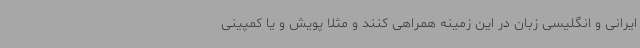
ایرانی و انگلیسی زبان در این زمینه همراهی کنند و مثلا پویش و یا کمپینی